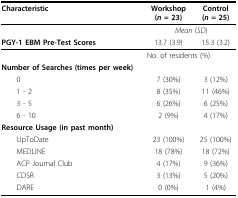
<table><thead><tr><td><b>Characteristic</b></td><td><b>Workshop(<i>n </i>= 23)</b></td><td><b>Control(<i>n </i>= 25)</b></td></tr></thead><tbody><tr><td></td><td colspan="2"><i>Mean </i>(<i>SD</i>)</td></tr><tr><td><b>PGY-1 EBM Pre-Test Scores</b></td><td>13.7 (3.9)</td><td>15.3 (3.2)</td></tr><tr><td></td><td colspan="2">No. of residents (%)</td></tr><tr><td><b>Number of Searches (times per week)</b></td><td></td><td></td></tr><tr><td> 0</td><td>7 (30%)</td><td>3 (12%)</td></tr><tr><td> 1 - 2</td><td>8 (35%)</td><td>11 (46%)</td></tr><tr><td> 3 - 5</td><td>6 (26%)</td><td>6 (25%)</td></tr><tr><td> 6 - 10</td><td>2 (9%)</td><td>4 (17%)</td></tr><tr><td><b>Resource Usage (in past month)</b></td><td></td><td></td></tr><tr><td> UpToDate</td><td>23 (100%)</td><td>25 (100%)</td></tr><tr><td> MEDLINE</td><td>18 (78%)</td><td>18 (72%)</td></tr><tr><td> ACP Journal Club</td><td>4 (17%)</td><td>9 (36%)</td></tr><tr><td> CDSR</td><td>3 (13%)</td><td>5 (20%)</td></tr><tr><td> DARE</td><td>0 (0%)</td><td>1 (4%)</td></tr></tbody></table>